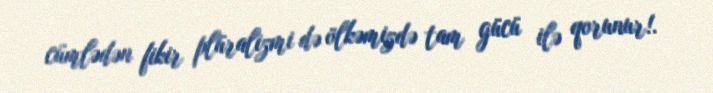
cümlədən fikir plüralizmi də ölkəmizdə tam gücü ilə qorunur!.